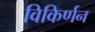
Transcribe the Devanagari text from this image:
विकिर्णन